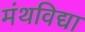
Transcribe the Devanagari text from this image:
मंथविद्या